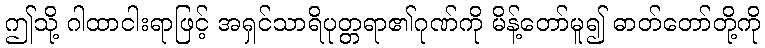
ဤသို့ ဂါထာငါးရာဖြင့် အရှင်သာရိပုတ္တရာ၏ဂုဏ်ကို မိန့်တော်မူ၍ ဓာတ်တော်တို့ကို